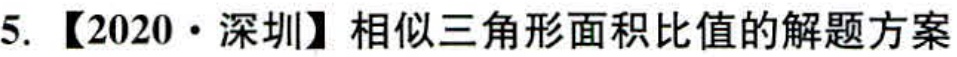
5. 【2020·深圳】相似三角形面积比值的解题方案